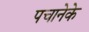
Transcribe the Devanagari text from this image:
पचानेके